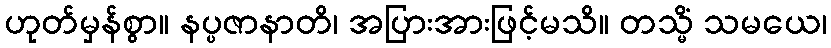
ဟုတ်မှန်စွာ။ နပ္ပဇာနာတိ၊ အပြားအားဖြင့်မသိ။ တသ္မိံ သမယေ၊